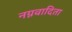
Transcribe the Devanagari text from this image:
नग्नवादिता